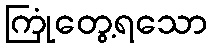
ကြုံတွေ့ရသော